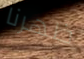
ظهرنا